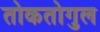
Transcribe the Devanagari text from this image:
तोकतोगुल